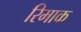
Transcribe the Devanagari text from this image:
रिमाक